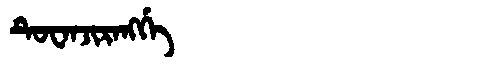
Manchu: ᡨᡠᠸᠠᠨᠵᡳᡵᠠᠩᡤᡝ
Romanization: TUWANJIRANGGE